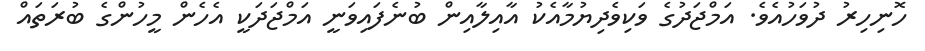
ހޮނިހިރު ދުވަހުއެވެ. އަމްޖަދުގެ ވަކިވެދިޔުމާއެކު އާއިލާއިން ބުނެފައިވަނީ އަމްޖަދަކީ އެހެން މީހުންގެ ބުރަތައް